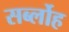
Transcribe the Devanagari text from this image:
सर्ब्लोह